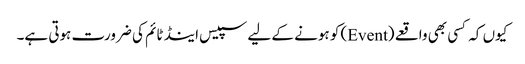
کیوں کہ کسی بھی واقعے (Event) کو ہونے کے لیے سپیس اینڈ ٹائم کی ضرورت ہوتی ہے۔